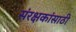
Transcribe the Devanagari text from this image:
संरक्षकांसाठी